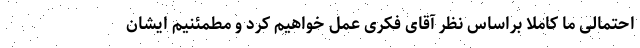
احتمالی ما کاملا براساس نظر آقای فکری عمل خواهیم کرد و مطمئنیم ایشان